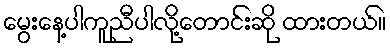
မွေးနေ့ပါကူညီပါလို့တောင်းဆို ထားတယ်။